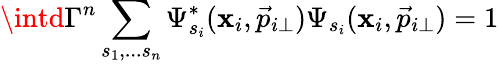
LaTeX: \intd\Gamma^{n}\sum_{s_{1},...s_{n}}\Psi_{s_{i}}^{\ast}(\mathbf{x}_{i},\vec{{p}}_{i\perp})\Psi_{s_{i}}(\mathbf{x}_{i},\vec{{p}}_{i\perp})=1